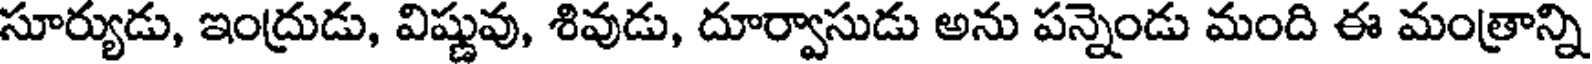
సూర్యుడు, ఇంద్రుడు, విష్ణువు, శివుడు, దూర్వాసుడు అను పన్నెండు మంది ఈ మంత్రాన్ని